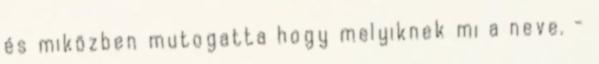
és miközben mutogatta hogy melyiknek mi a neve. -